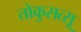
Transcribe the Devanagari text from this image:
तोकुसत्सू